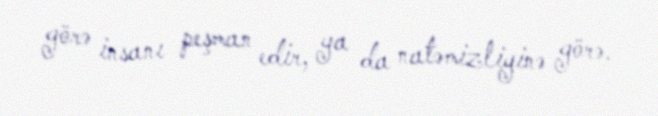
görə insanı peşman edir, ya da natəmizliyinə görə.